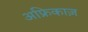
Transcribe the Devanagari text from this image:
अफ्रिकाज़